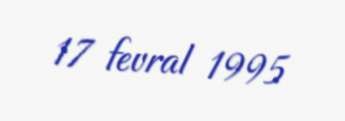
17 fevral 1995